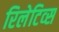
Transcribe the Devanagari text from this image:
रिलेटिव्स